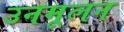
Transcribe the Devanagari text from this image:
उनमूलन